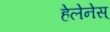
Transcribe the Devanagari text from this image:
हेलेनेस्